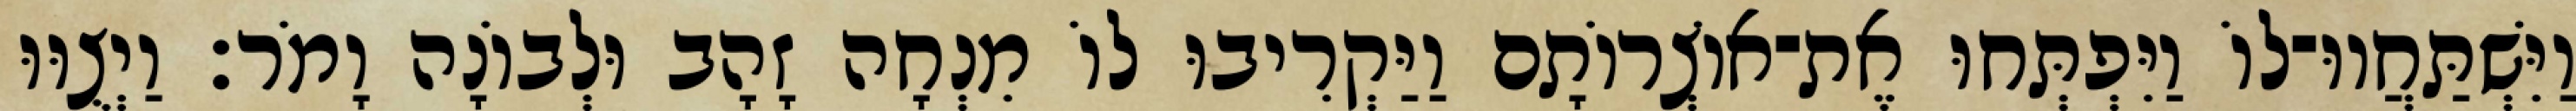
וַיִּשְׁתַּחֲווּ־לוֹ וַיִּפְתְּחוּ אֶת־אוֹצְרוֹתָם וַיַּקְרִיבוּ לוֹ מִנְחָה זָהָב וּלְבוֹנָה וָמֹר׃ וַיְצֻוּוּ